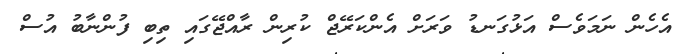
އެހެން ނަމަވެސް އަޅުގަނޑު ވަރަށް އެންކަރޭޖް ކުރިން ރާއްޖޭގައި ތިބި ފުންނާބު އުސް